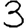
Digit: 3